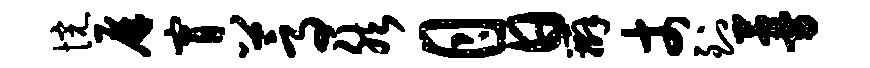
惋屏宵蒿然月日辫丈到蔓